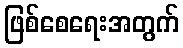
ဖြစ်စေရေးအတွက်